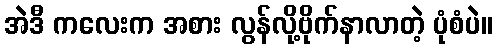
အဲဒီ ကလေးက အစား လွန်လို့ဗိုက်နာလာတဲ့ ပုံစံပဲ။